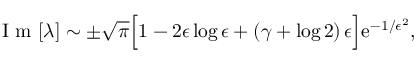
\mathrm { ~ I ~ m ~ } [ \lambda ] \sim \pm \sqrt { \pi } \Big [ 1 - 2 \epsilon \log \epsilon + \left( \gamma + \log 2 \right) \epsilon \Big ] \mathrm { e } ^ { - 1 / \epsilon ^ { 2 } } ,